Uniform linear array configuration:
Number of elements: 32
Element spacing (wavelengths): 0.5
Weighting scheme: hamming
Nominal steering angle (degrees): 45
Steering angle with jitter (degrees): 45.175
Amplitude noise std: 0.05
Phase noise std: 0.05

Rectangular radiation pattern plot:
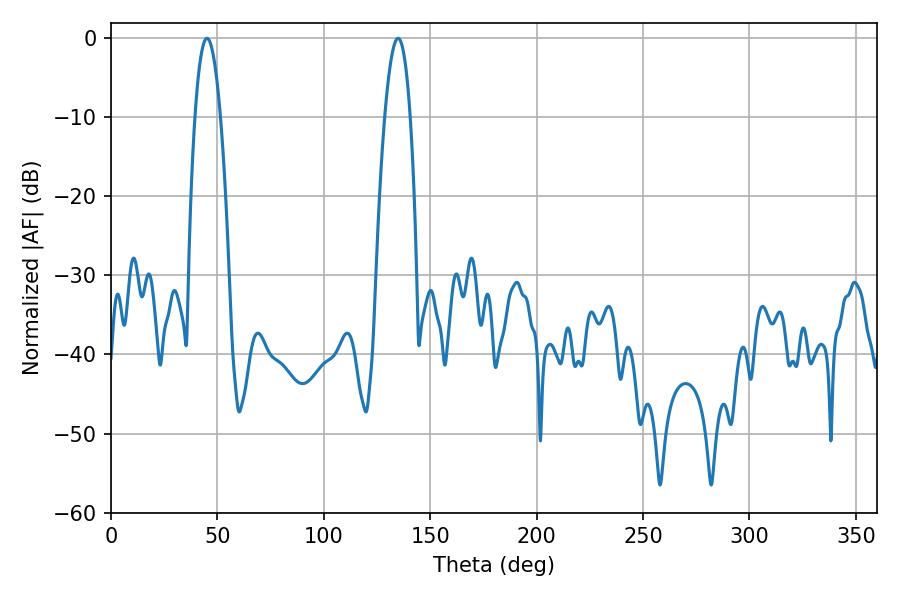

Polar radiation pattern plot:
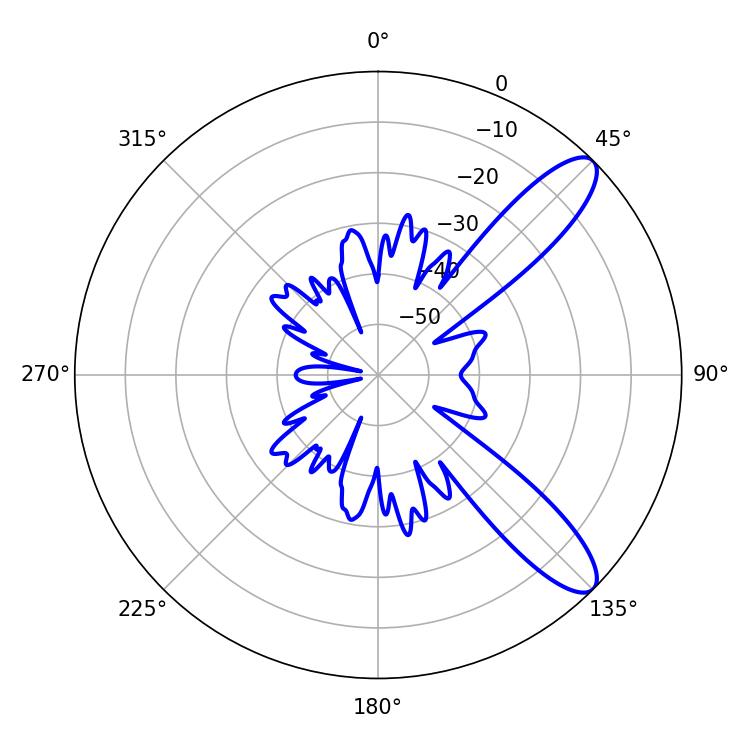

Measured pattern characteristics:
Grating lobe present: FALSE
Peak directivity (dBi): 10.549
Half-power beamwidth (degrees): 6.48
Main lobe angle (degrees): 45.18